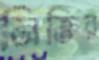
নিক্তির